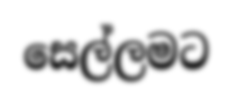
සෙල්ලමට